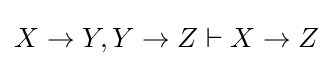
X\rightarrow Y,Y\rightarrow Z\vdash X\rightarrow Z